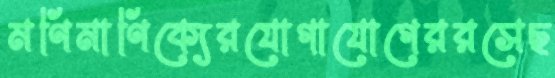
মণিমাণিক্যেরযোগাযোগেররসেছ